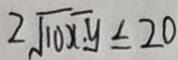
2 \sqrt { 1 0 x y } \leq 2 0